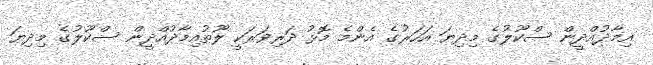
އިމާދުއްދީން ސްކޫލުގެ މިދިޔަ އަހަރުގެ އެންމެ މޮޅު ދަރިވަރަކީ ލޫތުއިމާދުއްދީން ސްކޫލުގެ މިދިޔަ